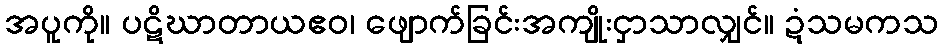
အပူကို။ ပဋိဃာတာယဧဝ၊ ဖျောက်ခြင်းအကျိုးငှာသာလျှင်။ ဍံသမကသ